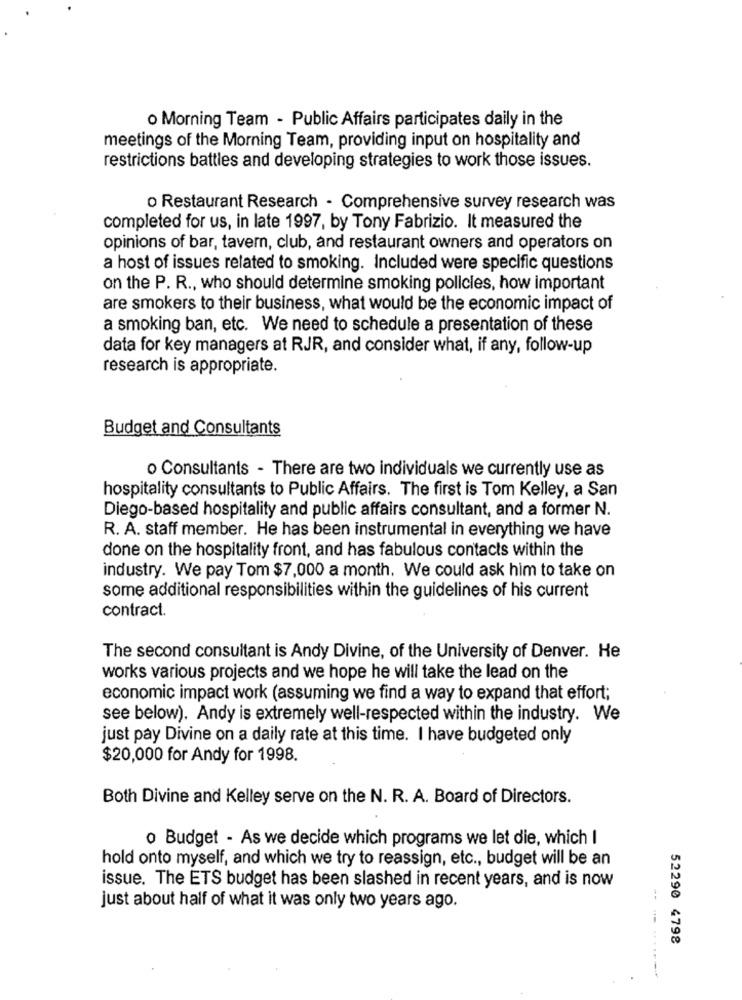
o Morning Team - Public Affairs participates daily in the
meetings of the Morning Team, providing input on hospitality and
restrictions battles and developing strategies to work those issues.
o Restaurant Research - Comprehensive survey research was
completed for us, in late 1997, by Tony Fabrizio. It measured the
opinions of bar, tavern, club, and restaurant owners and operators on
a host of issues related to smoking. Included were specific questions
on the P. R ., who should determine smoking policies, how important
are smokers to their business, what would be the economic impact of
a smoking ban, etc. We need to schedule a presentation of these
data for key managers at RJR, and consider what, if any, follow-up
research is appropriate.
Budget and Consultants
o Consultants - There are two individuals we currently use as
hospitality consultants to Public Affairs. The first is Tom Kelley, a San
Diego-based hospitality and public affairs consultant, and a former N.
R. A. staff member. He has been instrumental in everything we have
done on the hospitality front, and has fabulous contacts within the
industry. We pay Tom $7,000 a month. We could ask him to take on
some additional responsibilities within the guidelines of his current
contract.
The second consultant is Andy Divine, of the University of Denver. He
works various projects and we hope he will take the lead on the
economic impact work (assuming we find a way to expand that effort;
see below). Andy is extremely well-respected within the industry. We
just pay Divine on a daily rate at this time. I have budgeted only
$20,000 for Andy for 1998.
Both Divine and Kelley serve on the N. R. A. Board of Directors.
o Budget - As we decide which programs we let die, which I
hold onto myself, and which we try to reassign, etc ., budget will be an
issue. The ETS budget has been slashed in recent years, and is now
just about half of what it was only two years ago.
.....
52290 4798